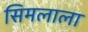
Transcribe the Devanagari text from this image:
सिमलाला